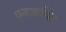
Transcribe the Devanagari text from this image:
पुनःकथित